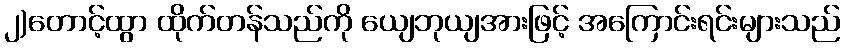
၂)တောင့်ထွာ ထိုက်တန်သည်ကို ယျေဘုယျအားဖြင့် အကြောင်းရင်းများသည်